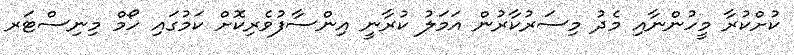
ކުށްކުރާ މީހުންނާއި މެދު މިސަރުކާރުން އަމަލު ކުރާނީ އިންސާފުވެރިކޮށް ކަމުގައި ހޯމް މިނިސްޓަރ